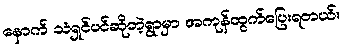
နောက် သံရှင်ပင်ဆိုတဲ့ရွာမှာ အကုန်ထွက်ပြေးရတယ်။